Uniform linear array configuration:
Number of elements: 32
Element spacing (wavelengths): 0.25
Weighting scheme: hamming
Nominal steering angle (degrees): -60
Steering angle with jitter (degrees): -60.243
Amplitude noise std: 0.05
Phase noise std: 0.05

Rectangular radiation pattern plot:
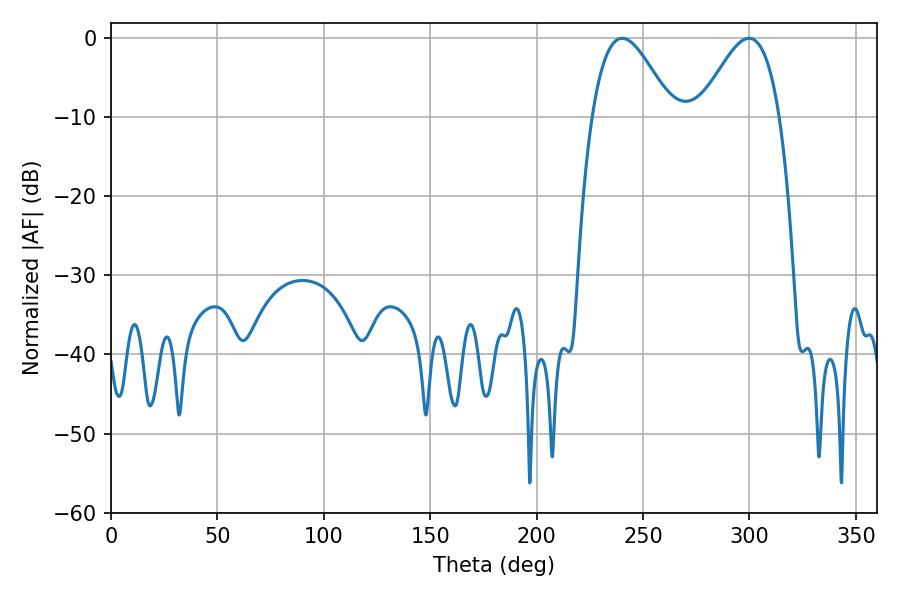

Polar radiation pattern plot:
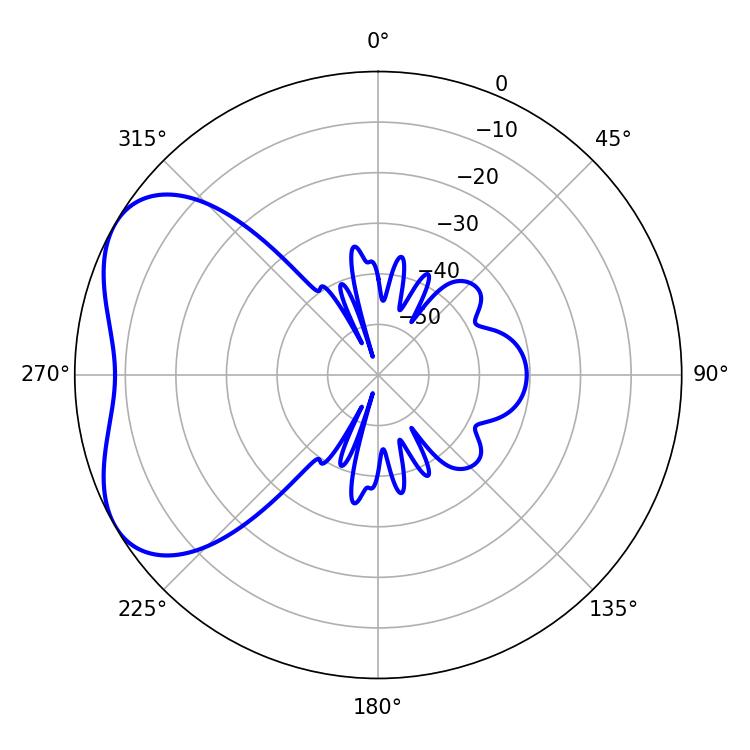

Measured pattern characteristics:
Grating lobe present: FALSE
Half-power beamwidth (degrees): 20.16
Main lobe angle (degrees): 240.12